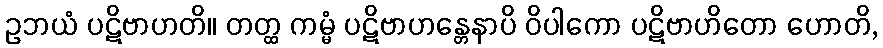
ဥဘယံ ပဋိဗာဟတိ။ တတ္ထ ကမ္မံ ပဋိဗာဟန္တေနာပိ ဝိပါကော ပဋိဗာဟိတော ဟောတိ,